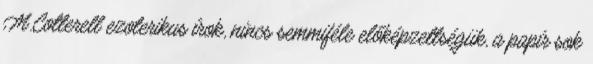
M.Cotterell ezoterikus írok, nincs semmiféle előképzettségük, a papír sok